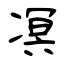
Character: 凕